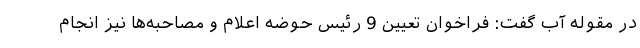
در مقوله آب گفت: فراخوان تعیین 9 رئیس حوضه اعلام و مصاحبه‌ها نیز انجام